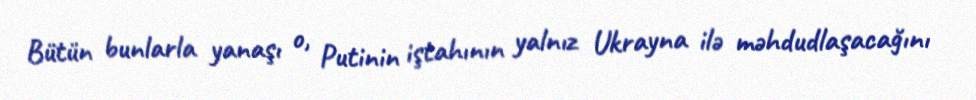
Bütün bunlarla yanaşı o, Putinin iştahının yalnız Ukrayna ilə məhdudlaşacağını